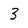
Character: 3